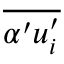
\overline { { \alpha ^ { \prime } u _ { i } ^ { \prime } } }